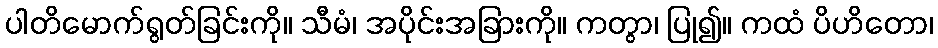
ပါတိမောက်ရွတ်ခြင်းကို။ သီမံ၊ အပိုင်းအခြားကို။ ကတွာ၊ ပြု၍။ ကထံ ပိဟိတော၊